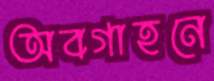
অবগাহনে